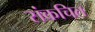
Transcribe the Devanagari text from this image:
संकचित